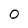
Character: O